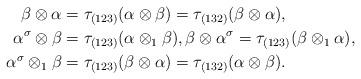
LaTeX: \begin{align*}\beta\otimes\alpha&=\tau_{(123)}(\alpha\otimes\beta)=\tau_{(132)}(\beta\otimes\alpha),\\\alpha^\sigma\otimes\beta&=\tau_{(123)}(\alpha\otimes_1\beta),\beta\otimes\alpha^\sigma=\tau_{(123)}(\beta\otimes_1\alpha),\\\alpha^\sigma\otimes_1\beta&=\tau_{(123)}(\beta\otimes\alpha)=\tau_{(132)}(\alpha\otimes\beta).\end{align*}